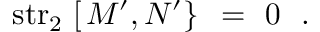
\mathrm { s t r } _ { 2 } \, \left[ \left. M ^ { \prime } , N ^ { \prime } \right\} \right. \ = \ 0 \ \ .